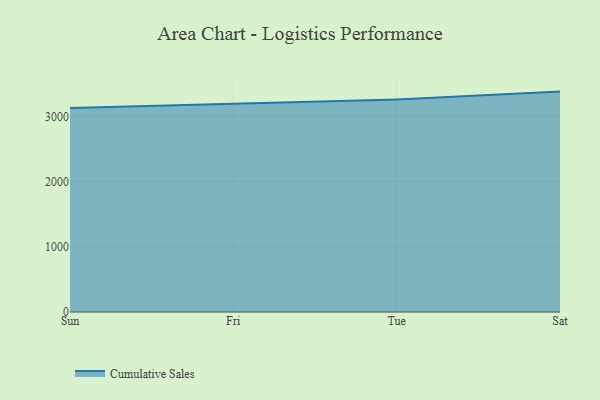
{"axis": {"x": "Day", "y": "Headcount"}, "legend": ["Cumulative Sales"], "data": [{"x": "Sun", "y": 3129.7, "type": "Cumulative Sales"}, {"x": "Fri", "y": 3199.7, "type": "Cumulative Sales"}, {"x": "Tue", "y": 3260.1, "type": "Cumulative Sales"}, {"x": "Sat", "y": 3380.4, "type": "Cumulative Sales"}]}